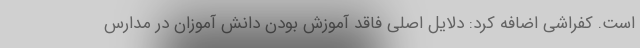
است. کفراشی اضافه کرد: دلایل اصلی فاقد آموزش بودن دانش آموزان در مدارس